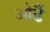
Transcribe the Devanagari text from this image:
ओढैं